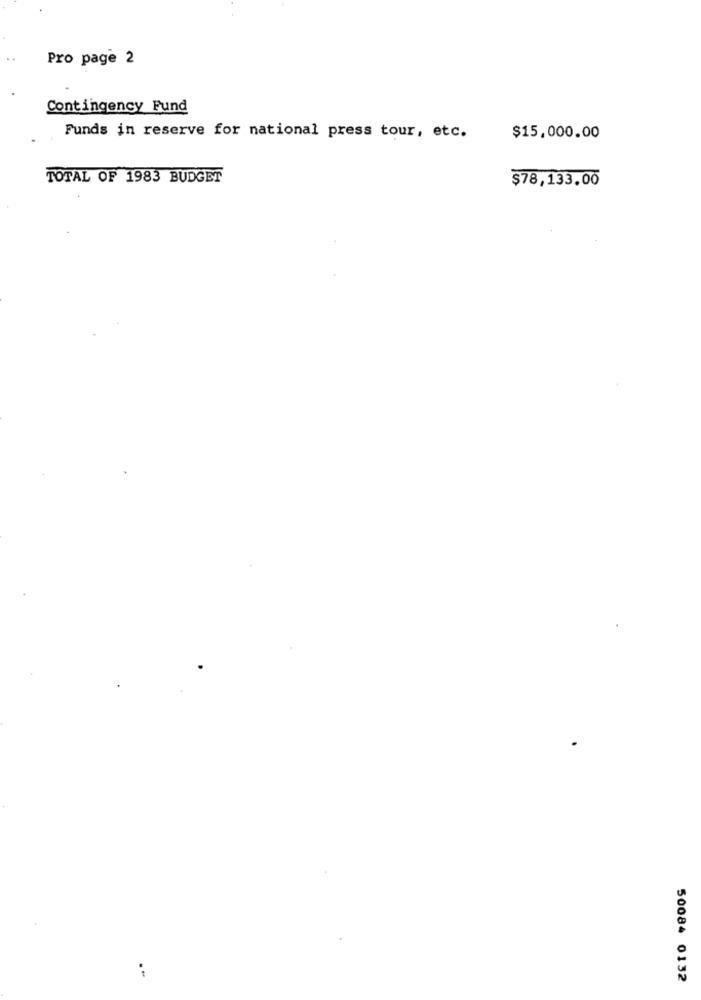
Pro page 2
Contingency Fund
Funds in reserve for national press tour, etc.
$15,000.00
TOTAL OF 1983 BUDGET
$78,133.00
50084 0132